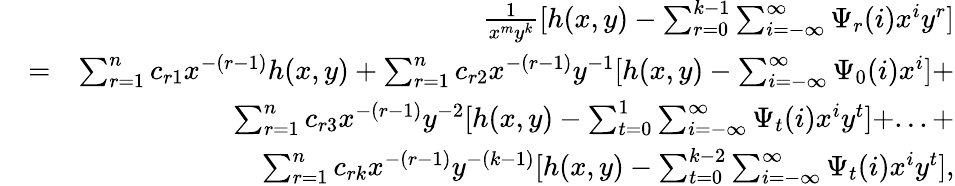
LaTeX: \begin{array}{rlr}&{}&{\frac{1}{x^{m}y^{k}}[h(x,y)-\sum_{r=0}^{k-1}\sum_{i=-\infty}^{\infty}\Psi_{r}(i)x^{i}y^{r}]}\\ &{=}&{\sum_{r=1}^{n}c_{r1}x^{-(r-1)}h(x,y)+\sum_{r=1}^{n}c_{r2}x^{-(r-1)}y^{-1}[h(x,y)-\sum_{i=-\infty}^{\infty}\Psi_{0}(i)x^{i}]+}\\ &{}&{\sum_{r=1}^{n}c_{r3}x^{-(r-1)}y^{-2}[h(x,y)-\sum_{t=0}^{1}\sum_{i=-\infty}^{\infty}\Psi_{t}(i)x^{i}y^{t}]+...+}\\ &{}&{\sum_{r=1}^{n}c_{rk}x^{-(r-1)}y^{-(k-1)}[h(x,y)-\sum_{t=0}^{k-2}\sum_{i=-\infty}^{\infty}\Psi_{t}(i)x^{i}y^{t}],}\end{array}